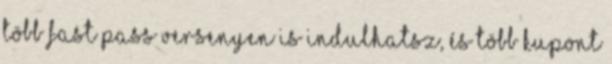
több Fast Pass versenyen is indulhatsz, és több kupont